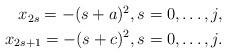
LaTeX: \begin{align*} \begin{aligned} x_{2s}= -(s+a)^2, s=0,\dots,j, \\ x_{2s+1}= -(s+c)^2, s=0,\dots,j. \end{aligned} \end{align*}